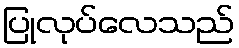
ပြုလုပ်လေသည်